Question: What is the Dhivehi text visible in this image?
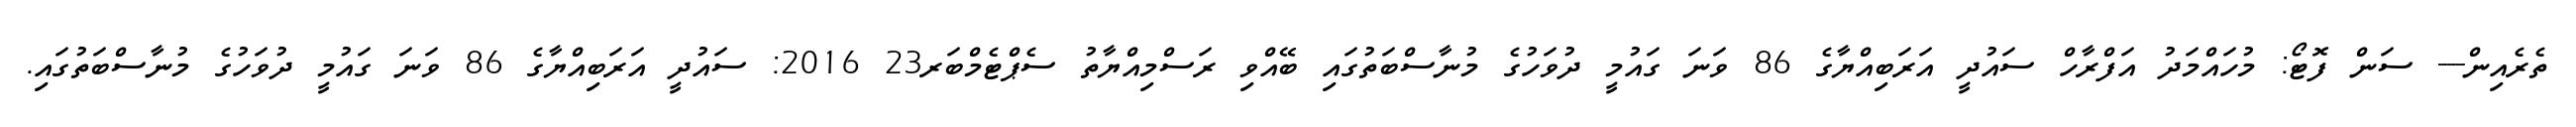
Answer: ތެރެއިން--- ސަން ފޮޓޯ: މުހައްމަދު އަފްރާހް ސައުދީ އަރަބިއްޔާގެ 86 ވަނަ ގައުމީ ދުވަހުގެ މުނާސްބަތުގައި ބޭއްވި ރަސްމިއްޔާތު ސެޕްޓެމްބަރ23 2016: ސައުދީ އަރަބިއްޔާގެ 86 ވަނަ ގައުމީ ދުވަހުގެ މުނާސްބަތުގައި.